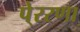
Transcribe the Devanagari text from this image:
पे्ररणा